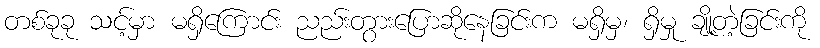
တစ်ခုခု သင့်မှာ မရှိကြောင်း ညည်းတွားပြောဆိုနေခြင်းက မရှိမှ၊ ရှိမှု ချို့တဲ့ခြင်းကို